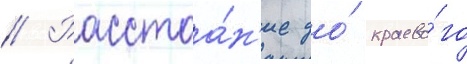
// Расстоа́н'ие до́ краево́го